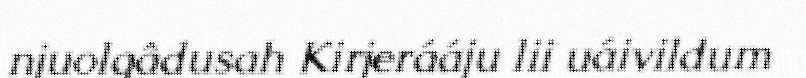
njuolgâdusah Kirjerááju lii uáivildum